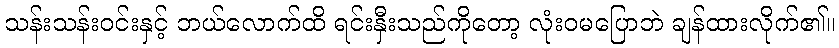
သန်းသန်းဝင်းနှင့် ဘယ်လောက်ထိ ရင်းနှီးသည်ကိုတော့ လုံးဝမပြောဘဲ ချန်ထားလိုက်၏။